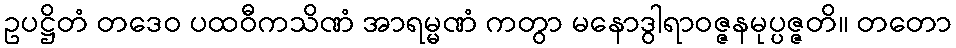
ဥပဋ္ဌိတံ တဒေဝ ပထဝီကသိဏံ အာရမ္မဏံ ကတွာ မနောဒွါရာဝဇ္ဇနမုပ္ပဇ္ဇတိ။ တတော